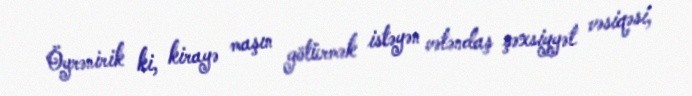
Öyrənirik ki, kirayə maşın götürmək istəyən vətəndaş şəxsiyyət vəsiqəsi,